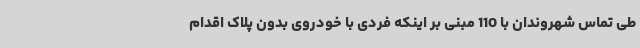
طی تماس شهروندان با 110 مبنی بر اینکه فردی با خودروی بدون پلاک اقدام